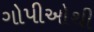
ગોપીઓથી